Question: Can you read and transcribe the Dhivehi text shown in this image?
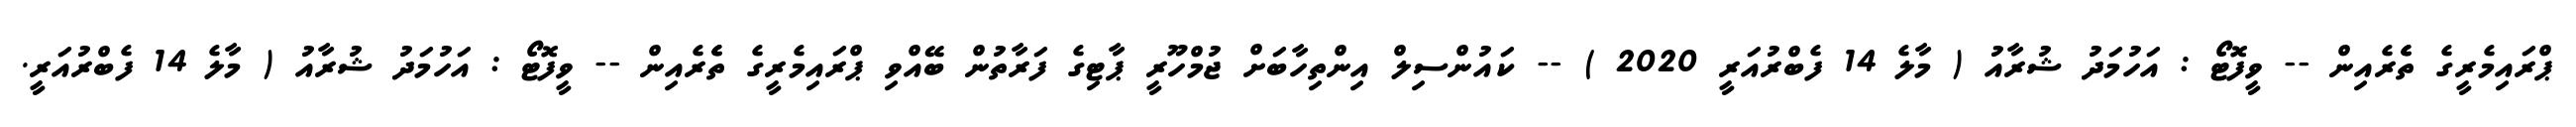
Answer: ޕްރައިމެރީގެ ތެެރެއިން -- ވީފޮޓޯ : އަހުމަދު ޝުރާއު ( މާލެ 14 ފެބްރުއަރީ 2020 ) -- ކައުންސިލް އިންތިހާބަށް ޖުމްހޫރީ ޕާޓިގެ ފަރާތުން ބޭއްވި ޕްރައިމެރީގެ ތެެރެއިން -- ވީފޮޓޯ : އަހުމަދު ޝުރާއު ( މާލެ 14 ފެބްރުއަރީ.